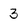
Character: 3